King Institute of Preventive Medicine Bacteriolog. Section reports 1907-08
Year: 1907
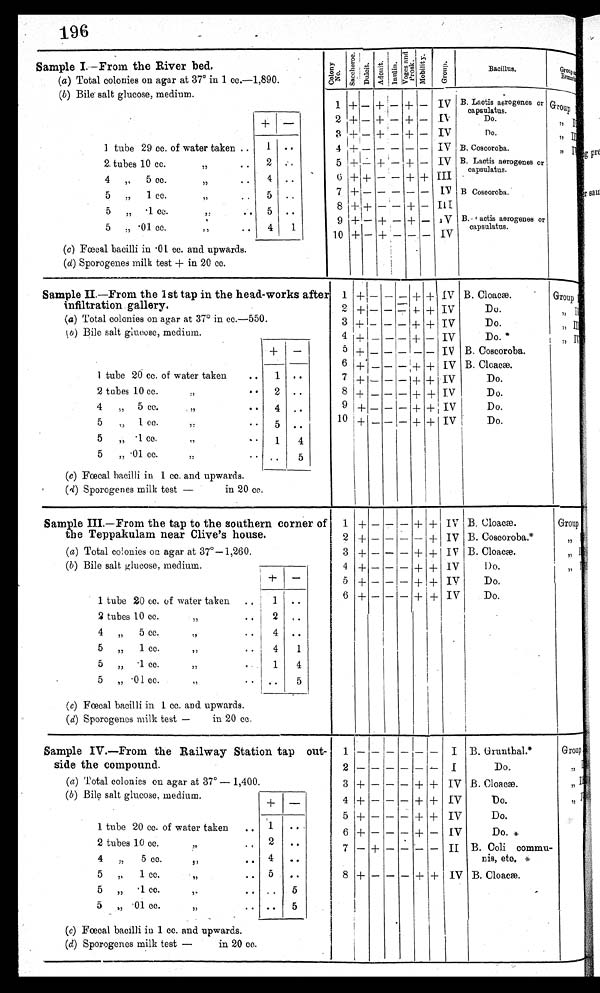
1 9 6
Sample I.—From the River bed
(a) Total colonies on agar at 37° in 1 cc.-1,890.
(b) Bile salt glucose, medium.
1 tube 29 cc. of water taken ..
1 • •
•
2
2. tubes 10 cc.
, ,
4
,,5 cc.
,,
..
4 ..
5
„
1 cc.
,, .
5 ..
5
„ 1 cc.
,,
. .
5 ..
5
„ .01 co.
, ,
,, .. 1
(c) Fœcal bacilli in •01 cc. and upwards.
(d) Sporogenes milk test + in 20 cc.
Co l o n y No .
S a c c h e r o s e .
D u l c i t .
A d o n i t .
I n u l i n .
V o g e s a n d P r o s k . M o b i l i t y .
G r o u p .
B a c i l l u s .
G r o u p a n d R e m a r k s .
—
—
—
—
-
'—
—
—
,
+
+
+
+
+
+
+
—
-
—
—
—
—
+
—
—
—
Iv
I V
IV
IV
IV
III
IV I
I V
III
IV
B. Lactis aerogenes or
capsulatus.
Do.
Do.
B. Coscoroba.
B. Lactis aerogenes or
capsulatus. capsulatus.
B Coscoroba.
B. l actis aerogenes or
capsulatus.
+
+
+
+
+
+
+
+—
+
+ +
—
—
—
_
—
+
+
+
+
-
—
+
+
1
2
8
4
5
6
7
8
9
10
G r o u p I
, , I I
, , I I I
, , I V
Sample II.—From the 1st tap in the head-works after
infiltration gallery.
(a) Total colonies on agar at 37° in cc.—550.
(b)
Bile salt glucose, medium.
1 tube 20 cc. of water taken
..
1 ..
2 tubes 10 cc.
,, • • 2 ..
4 „ 5 cc.
,,
•
4 ..
5 „ 1 co.
,,
• • 5 .
5
„ 1 cc.
,, ..
1 4
5
„ .01 cc.
,,
.. .. 5
(c) Fœcal bacilli in 1 cc. and upwards.
(4) Sporogenes milk test —
in 20 cc.
1
2
3
4
5
6
7
8
10 +
+I—
+—
+ I—
+
+
+
+ I —
—
—
--
—
—
—
—
—
—
—
—
—
—
—
— —
—
—
—
—
—
—
—
—
+
--
+
+
—
+
+
+
+
+
+
+
—
—
+
+
+
+
IV
IV
IV
IV
IV
IV
IV
IV
I
IV
B. Cloacæ.
Du.
Do.
Do. *
B. Coscoroba.
B. Cloacæ.
Do.
Do.
Do.
Do.
Group I , , I I
, , I I I
, , I V
Sample III.—From the tap to the southern corner of
the Teppakulam near Clive's house.
(a) Total colonies on agar at 37°-1,260.
(b) Bile salt glucose, medium.
—
1 tube 20 cc. of water taken ..
1 ..
2 tubes 10 cc.
4 „ 5 cc.
,, • • 4 ..
5 „
1 cc.,,
•
•
4 1
5 „ • 1 c.
,,
1 4
5 „ .01 cc.
,,
• •
5
(c) Fœcal bacilli in I cc. and upwards.
(d) Sporogenes milk test —
in 20 cc.
1
2
3
4
5
6
+
+
+
+
-I--
+
—
—
—
—
—
—
—
—
—
—
—
—
—
—
—
—
—
—
+
—
+
+
+
+
+
+
+
+
+
+
I
IV
IV
IV
IV
IV
I V
B. Cloacæ.
B. Coscoroba.*
B. Cloacæ.
D o.
Do,
Do.
G r o u p I
, , I I
, , I I I,
, I V
Sample IV.—From the Railway Station tap out-
side the compound.
(a) Total colonies on agar at 37° — 1,400.
(b) Bile salt glucose, medium.
+ —
1 tube 20 cc. of water taken .. 1• •
2 tubes 10 cc..
..
,,
•
4
,,
5 cc., ,, 4 ..
. •
5 „ 1 cc.
,, • • 5 ..
5 „ .1 cc.
,.
• I
.
.
5 „ .01 cc.
,,
.. .. 5
•
(c) Fœcal bacilli in 1 cc. and upwards.
(d) Sporogenes milk test —
in 20 cc.
1
3
4
5
6
7
8
2
+
+
-I-
+
—
+
—
—
—
—
—
+
—
—
—
—
—
—
—
—
—
—
—
—
—
—
--
+
+
-I-
+
—
+
—
+
-I-
+
—
—
+
I
I
IV
IV
IV
IV
II
IV
B. Grunthal.*
Do.
B. Cloacæ.
Do.
Do.
Do. *
B. Coli commu-
nis, eto.*
B. Cloacæ.
Group I , , I I
, , I I I
, , I V